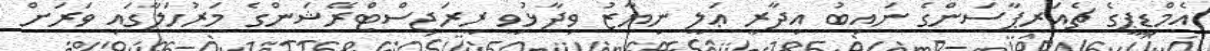
އެމްޑީޕީގެ ޗެއަރޕާސަންގެ ނައިބު އިދާރީ ޢަލީ ނިޔާޒު ވިދާޅުވީ ރީރަޖިސްޓްރޭޝަންގެ މަރުހަލާގައި ވަރަށް